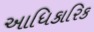
આધિકારિક